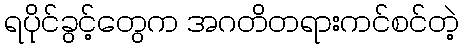
ရပိုင်ခွင့်တွေက အဂတိတရားကင်စင်တဲ့